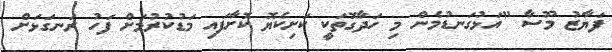
ފަޔާޒު މޫސާ "އަޅުގަނޑުމެން މި ހަދާގޮތަކީ ކަށިކެޔޮ ކޮށާފައި މަޑުކުރުމަށް ފަހު ރަނގަޅަށް